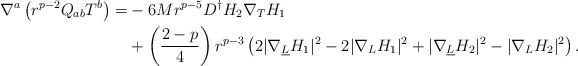
LaTeX: \begin{align*}\nabla^a\left(r^{p-2}Q_{ab}T^b\right)=&-6Mr^{p-5}D^\dagger H_2 \nabla_T H_1\\ &+\left(\frac{2-p}{4}\right)r^{p-3}\left(2|\nabla_{\underline{L}}H_1|^2-2|\nabla_L H_1|^2+|\nabla_{\underline{L}}H_2|^2-|\nabla_L H_2|^2\right).\end{align*}